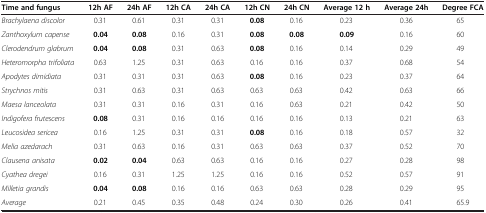
<table><thead><tr><td><b>Time and fungus</b></td><td><b>12h AF</b></td><td><b>24h AF</b></td><td><b>12h CA</b></td><td><b>24h CA</b></td><td><b>12h CN</b></td><td><b>24h CN</b></td><td><b>Average 12 h</b></td><td><b>Average 24h</b></td><td><b>Degree FCA</b></td></tr></thead><tbody><tr><td><i>Brachylaena discolor</i></td><td> 0.31</td><td> 0.61</td><td> 0.31</td><td> 0.31</td><td><b> 0.08</b></td><td> 0.16</td><td> 0.23</td><td> 0.36</td><td> 65</td></tr><tr><td><i>Zanthoxylum capense</i></td><td><b> 0.04</b></td><td><b> 0.08</b></td><td> 0.16</td><td> 0.31</td><td><b> 0.08</b></td><td><b> 0.08</b></td><td><b> 0.09</b></td><td> 0.16</td><td> 60</td></tr><tr><td><i>Clerodendrum glabrum</i></td><td><b> 0.04</b></td><td><b> 0.08</b></td><td> 0.31</td><td> 0.63</td><td><b> 0.08</b></td><td> 0.16</td><td> 0.14</td><td> 0.29</td><td> 49</td></tr><tr><td><i>Heteromorpha trifoliata</i></td><td> 0.63</td><td> 1.25</td><td> 0.31</td><td> 0.63</td><td> 0.16</td><td> 0.16</td><td> 0.37</td><td> 0.68</td><td> 54</td></tr><tr><td><i>Apodytes dimidiata</i></td><td> 0.31</td><td> 0.31</td><td> 0.31</td><td> 0.63</td><td><b> 0.08</b></td><td> 0.16</td><td> 0.23</td><td> 0.37</td><td> 64</td></tr><tr><td><i>Strychnos mitis</i></td><td> 0.31</td><td> 0.63</td><td> 0.31</td><td> 0.63</td><td> 0.63</td><td> 0.63</td><td> 0.42</td><td> 0.63</td><td> 66</td></tr><tr><td><i>Maesa lanceolata</i></td><td> 0.31</td><td> 0.31</td><td> 0.16</td><td> 0.31</td><td> 0.16</td><td> 0.63</td><td> 0.21</td><td> 0.42</td><td> 50</td></tr><tr><td><i>Indigofera frutescens</i></td><td><b> 0.08</b></td><td> 0.31</td><td> 0.16</td><td> 0.16</td><td> 0.16</td><td> 0.16</td><td> 0.13</td><td> 0.21</td><td> 63</td></tr><tr><td><i>Leucosidea sericea</i></td><td> 0.16</td><td> 1.25</td><td> 0.31</td><td> 0.31</td><td><b> 0.08</b></td><td> 0.16</td><td> 0.18</td><td> 0.57</td><td> 32</td></tr><tr><td><i>Melia azedarach</i></td><td> 0.31</td><td> 0.63</td><td> 0.16</td><td> 0.31</td><td>0.63</td><td> 0.63</td><td> 0.37</td><td> 0.52</td><td> 70</td></tr><tr><td><i>Clausena anisata</i></td><td><b> 0.02</b></td><td><b> 0.04</b></td><td> 0.63</td><td> 0.63</td><td> 0.16</td><td> 0.16</td><td> 0.27</td><td> 0.28</td><td> 98</td></tr><tr><td><i>Cyathea dregei</i></td><td> 0.16</td><td> 0.31</td><td> 1.25</td><td> 1.25</td><td> 0.16</td><td> 0.16</td><td> 0.52</td><td> 0.57</td><td> 91</td></tr><tr><td><i>Milletia grandis</i></td><td><b> 0.04</b></td><td><b> 0.08</b></td><td> 0.16</td><td> 0.16</td><td> 0.63</td><td> 0.63</td><td> 0.28</td><td> 0.29</td><td> 95</td></tr><tr><td><i>Average</i></td><td> 0.21</td><td> 0.45</td><td> 0.35</td><td> 0.48</td><td> 0.24</td><td> 0.30</td><td> 0.26</td><td> 0.41</td><td> 65.9</td></tr></tbody></table>